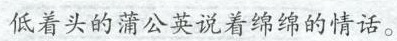
低着头的蒲公英说着绵绵的情话。